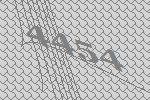
4454